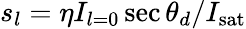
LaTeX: s_{l}=\eta I_{l=0}\sec\theta_{d}/I_{\mathrm{sat}}